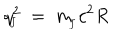
q _ { \! _ { J } } ^ { 2 } \ = \ m _ { \! _ { J } } c ^ { 2 } R